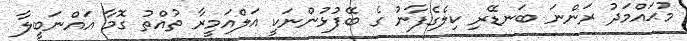
މުޙައްމަދު ރަންނަ ބަނޑޭރި ކިލެގެފާނު ގެ ބޭފުޅުންނަކީ އަލްއަމީރާ ތުއްތު ގޮމާ އައްނަބީލާ